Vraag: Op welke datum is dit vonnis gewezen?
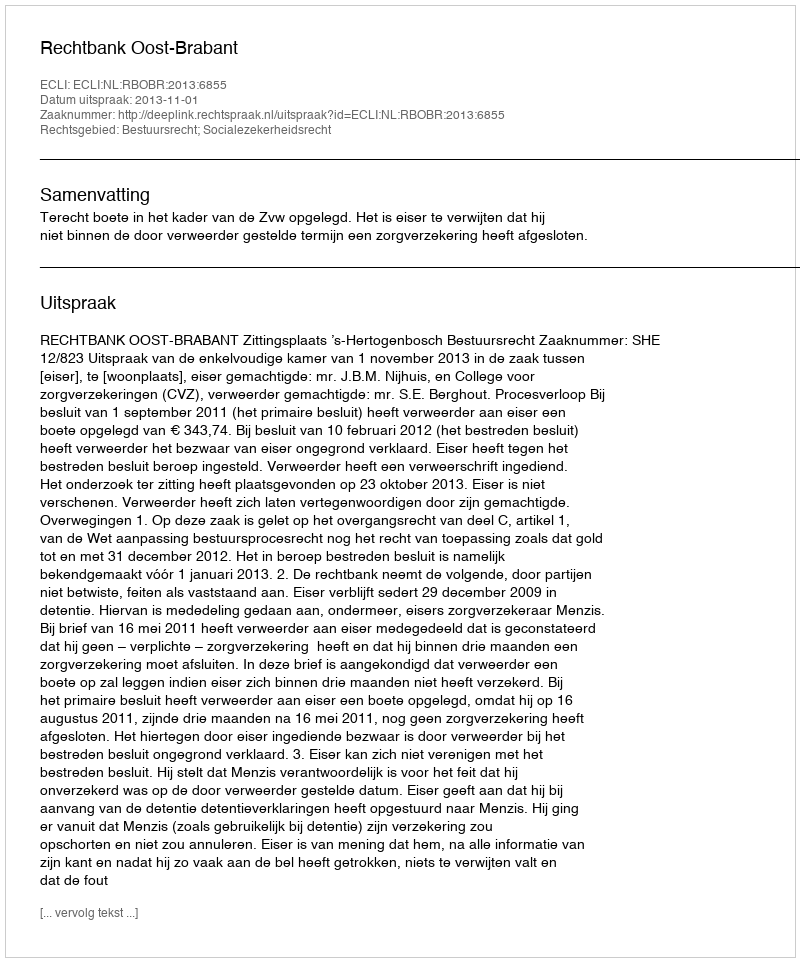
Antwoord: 2013-11-01